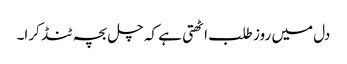
دل میں روز طلب اٹھتی ہے کہ چل بچہ ٹنڈ کرا۔